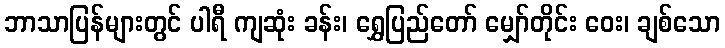
ဘာသာပြန်များတွင် ပါရီ ကျဆုံး ခန်း၊ ရွှေပြည်တော် မျှော်တိုင်း ဝေး၊ ချစ်သော